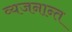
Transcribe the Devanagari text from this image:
व्यजनान्त